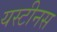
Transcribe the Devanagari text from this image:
यस्टीनस